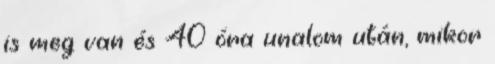
is meg van és 40 óra unalom után, mikor